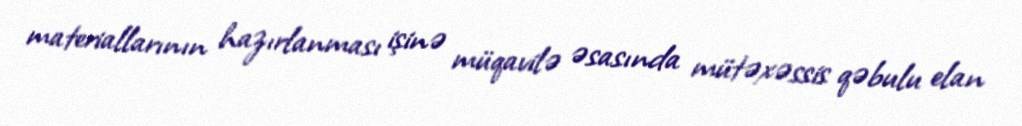
materiallarının hazırlanması işinə müqavilə əsasında mütəxəssis qəbulu elan